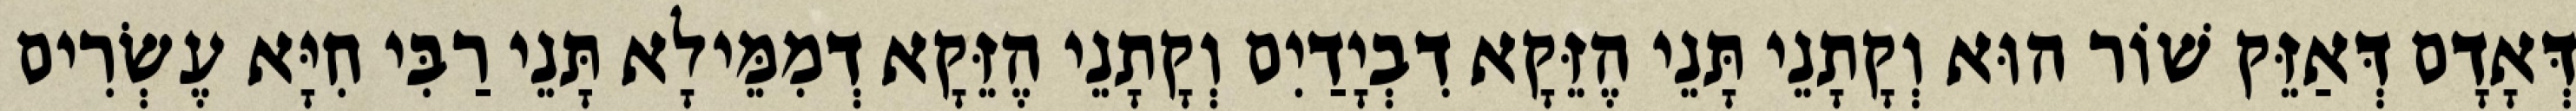
דְּאָדָם דְּאַזֵּק שׁוֹר הוּא וְקָתָנֵי תָּנֵי הֶזֵּקָא דִבְיָדַיִם וְקָתָנֵי הֶזֵּקָא דְמִמֵּילָא תָּנֵי רַבִּי חִיָּא עֶשְׂרִים